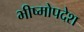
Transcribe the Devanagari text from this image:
भीष्मोपदेश